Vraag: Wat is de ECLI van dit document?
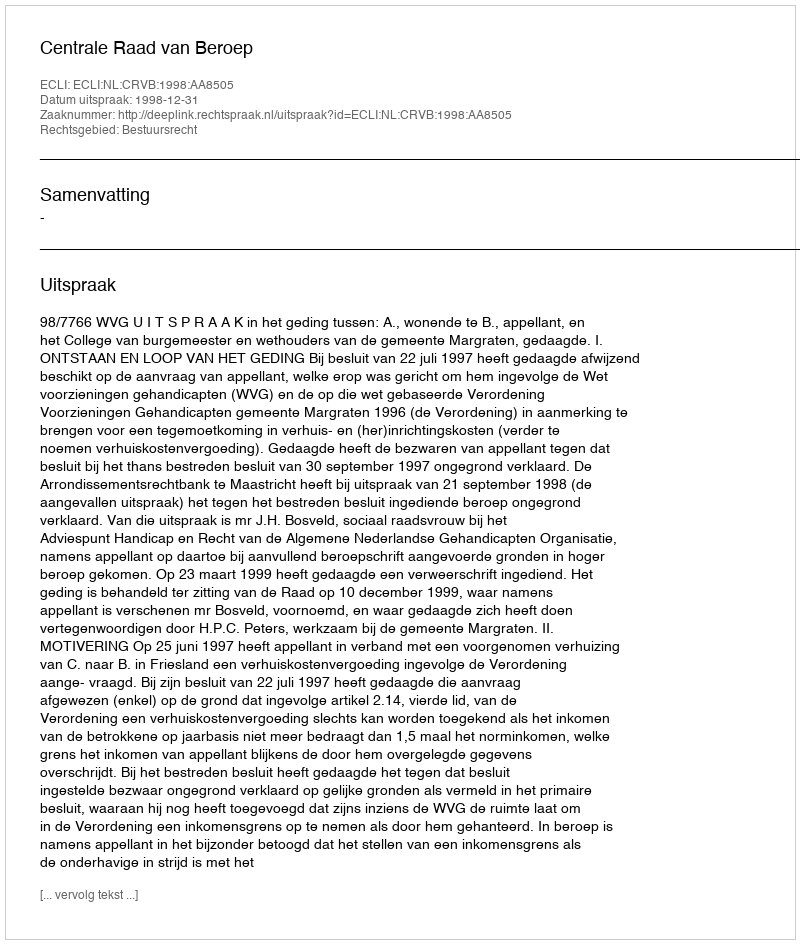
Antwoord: ECLI:NL:CRVB:1998:AA8505